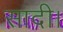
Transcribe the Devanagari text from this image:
सादी।